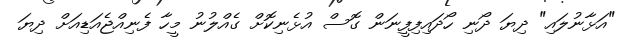
"އަޅާނުލައި" ދިޔަ ދޯނި ހޯދައިފިފީނަން ގޮސް އުޅެނިކޮށް ގެއްލުނު މީހާ ފެނިއްޖެއަޑިއަށް ދިޔަ